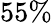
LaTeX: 55\%